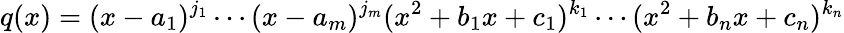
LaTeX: q(x)=(x-a_{1})^{j_{1}}\cdots(x-a_{m})^{j_{m}}(x^{2}+b_{1}x+c_{1})^{k_{1}}\cdots(x^{2}+b_{n}x+c_{n})^{k_{n}}